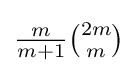
{\tfrac {m}{m+1}}{\tbinom {2m}{m}}